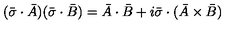
( \bar { \sigma } \cdot \bar { A } ) ( \bar { \sigma } \cdot \bar { B } ) = \bar { A } \cdot \bar { B } + i \bar { \sigma } \cdot ( \bar { A } \times \bar { B } )